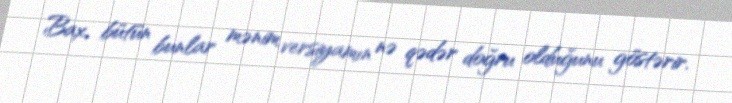
Bax, bütün bunlar mənim versiyamın nə qədər doğru olduğunu göstərir.